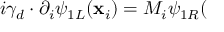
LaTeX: i \gamma _ { d } \cdot \partial _ { i } \psi _ { 1 L } ( \mathbf { x } _ { i } ) = M _ { i } \psi _ { 1 R } (